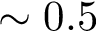
\sim 0 . 5